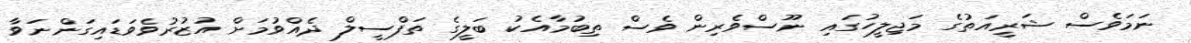
ނަމަވެސް ޝަރީއަތުގެ މަޖިލީހުގައި ނޫސްވެރިން ވެސް ތިބުމާއެކު ބަލީގެ ތަފްސީލް ދެއްވުމަށް އުޒުރުވެވަޑައިގަންނަވާ